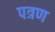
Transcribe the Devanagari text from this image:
पत्रण